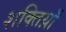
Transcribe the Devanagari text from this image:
शक्तिय़ाँ